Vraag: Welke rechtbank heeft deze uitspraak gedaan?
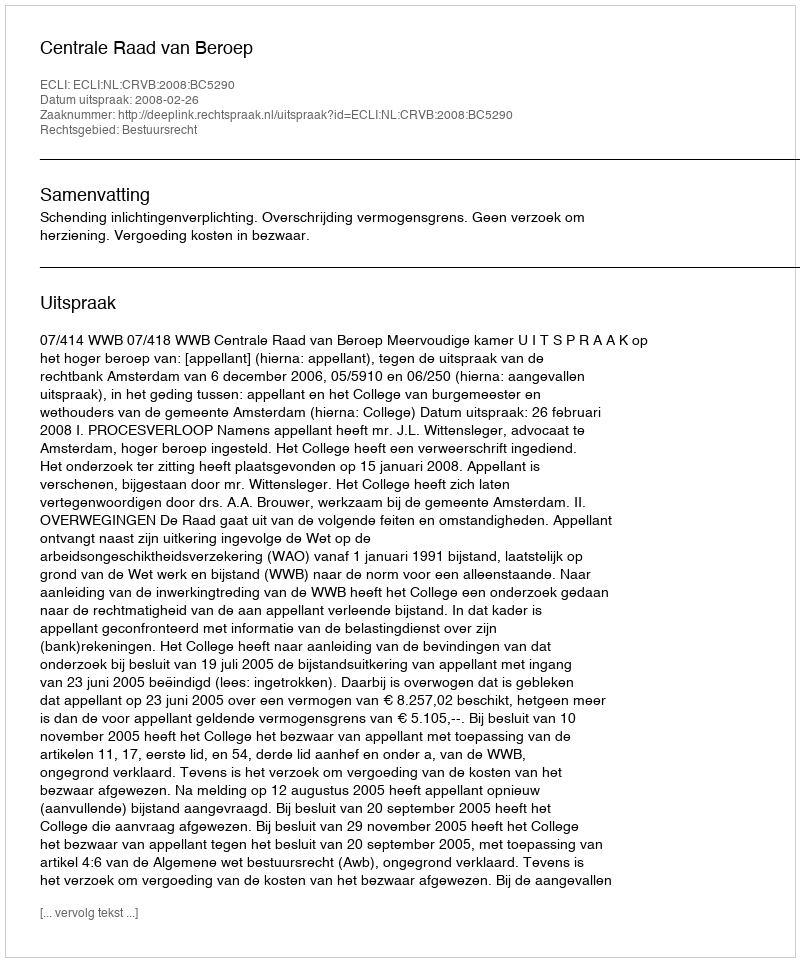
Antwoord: Centrale Raad van Beroep